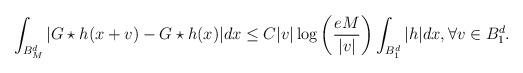
LaTeX: \begin{align*}\int_{B^d_M} |G\star h (x + v) - G\star h(x)|dx \leq C |v|\log\left(\frac{eM}{|v|}\right)\int_{B^d_1}|h|dx,\forall v\in B^d_{1}.\end{align*}